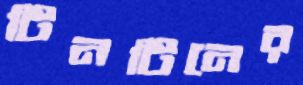
টিনটিনের